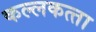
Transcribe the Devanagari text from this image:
कल्‍लकत्‍ता